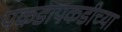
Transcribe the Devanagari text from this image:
पकडापकडीच्या